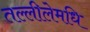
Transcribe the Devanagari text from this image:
तल्लीलेमधि